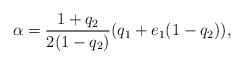
LaTeX: \begin{gather*}\alpha=\dfrac{1+q_2}{2(1-q_2)}(q_1+e_1(1-q_2)),\end{gather*}